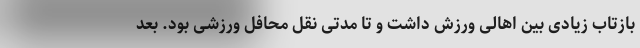
بازتاب زیادی بین اهالی ورزش داشت و تا مدتی نقل محافل ورزشی بود. بعد